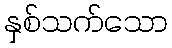
နှစ်သက်သော